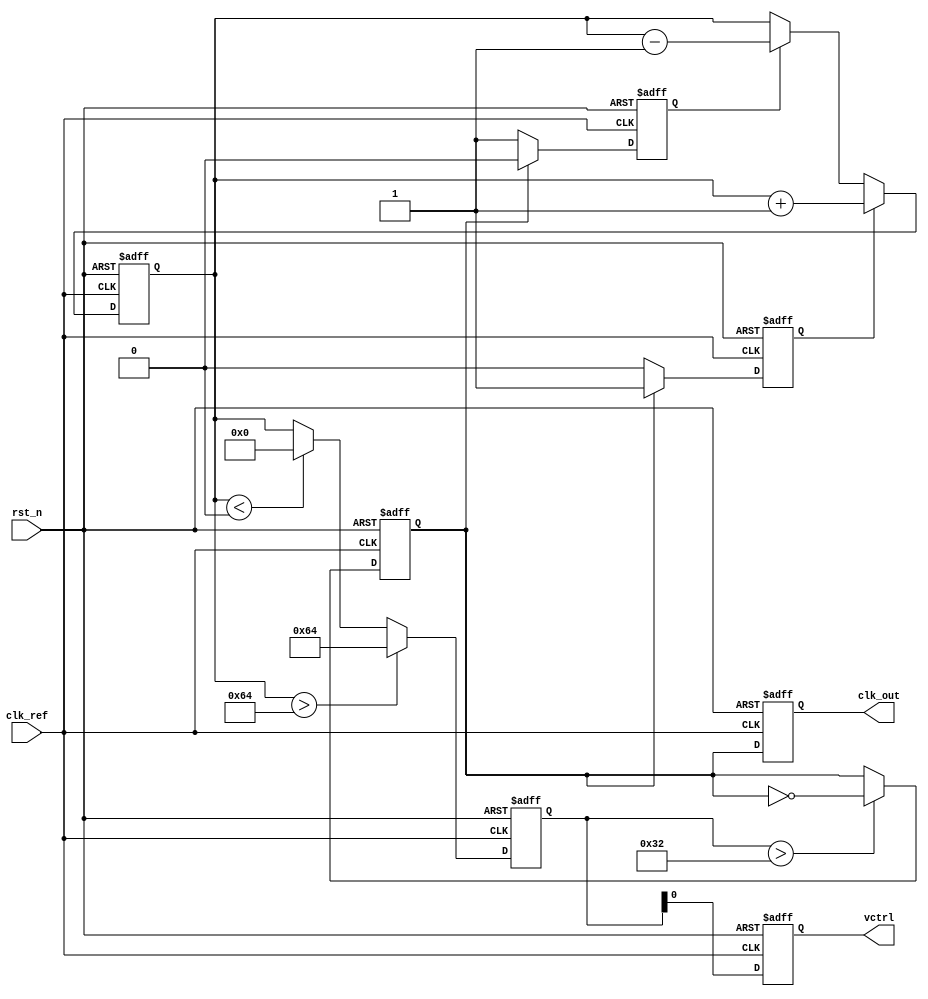
module frac_n_pll (
    input wire clk_ref,        // Reference clock input
    input wire rst_n,          // Active low reset
    output reg clk_out,        // Output clock
    output reg vctrl           // Control voltage output (for VCO)
);

// Parameters for divider settings
parameter N = 5;              // Integer division ratio
parameter M = 3;              // Fractional division ratio
parameter COUNTER_MAX = 100;  // Max counter value for loop filter

// State variables
reg [31:0] counter;            // Counter for loop filter
reg [31:0] charge;             // Charge pump output
reg pfd_up, pfd_down;         // PFD outputs
reg vco_out;                  // VCO output signal

// Phase Frequency Detector (PFD)
always @(posedge clk_ref or negedge rst_n) begin
    if (!rst_n) begin
        pfd_up <= 0;
        pfd_down <= 0;
    end else begin
        // Simple PFD behavior (to be replaced with actual phase comparison)
        if (vco_out) begin
            pfd_up <= 1;    // VCO is leading
            pfd_down <= 0;
        end else begin
            pfd_up <= 0;
            pfd_down <= 1;  // VCO is lagging
        end
    end
end

// Charge Pump
always @(posedge clk_ref or negedge rst_n) begin
    if (!rst_n) begin
        charge <= 0;
    end else begin
        if (pfd_up) begin
            charge <= charge + 1;  // Increase charge for UP signal
        end else if (pfd_down) begin
            charge <= charge - 1;  // Decrease charge for DOWN signal
        end
    end
end

// Loop Filter (Simple Digital Filter)
always @(posedge clk_ref or negedge rst_n) begin
    if (!rst_n) begin
        counter <= 0;
        vctrl <= 0;  // Initialize control voltage
    end else begin
        // Implement simple low-pass filter
        if (charge > COUNTER_MAX) begin
            counter <= COUNTER_MAX;
        end else if (charge < 0) begin
            counter <= 0;
        end else begin
            counter <= charge;  // Update counter based on charge
        end
        
        // Update control voltage (Vctrl)
        vctrl <= counter;  // Control voltage for VCO
    end
end

// Voltage-Controlled Oscillator (VCO)
always @(posedge clk_ref or negedge rst_n) begin
    if (!rst_n) begin
        vco_out <= 0;
        clk_out <= 0;
    end else begin
        // Simple VCO behavior (toggle output based on control voltage)
        if (counter > (COUNTER_MAX / 2)) begin
            vco_out <= ~vco_out; // Toggle VCO output based on control voltage
        end
        
        // Frequency divider
        clk_out <= vco_out;  // The output clock signal
    end
end

endmodule